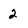
Character: 2